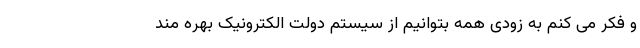
و فکر می کنم به زودی همه بتوانیم از سیستم دولت الکترونیک بهره مند